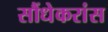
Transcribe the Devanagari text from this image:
सौंधेकरांस